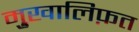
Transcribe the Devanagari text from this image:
मु़खालिफ़त